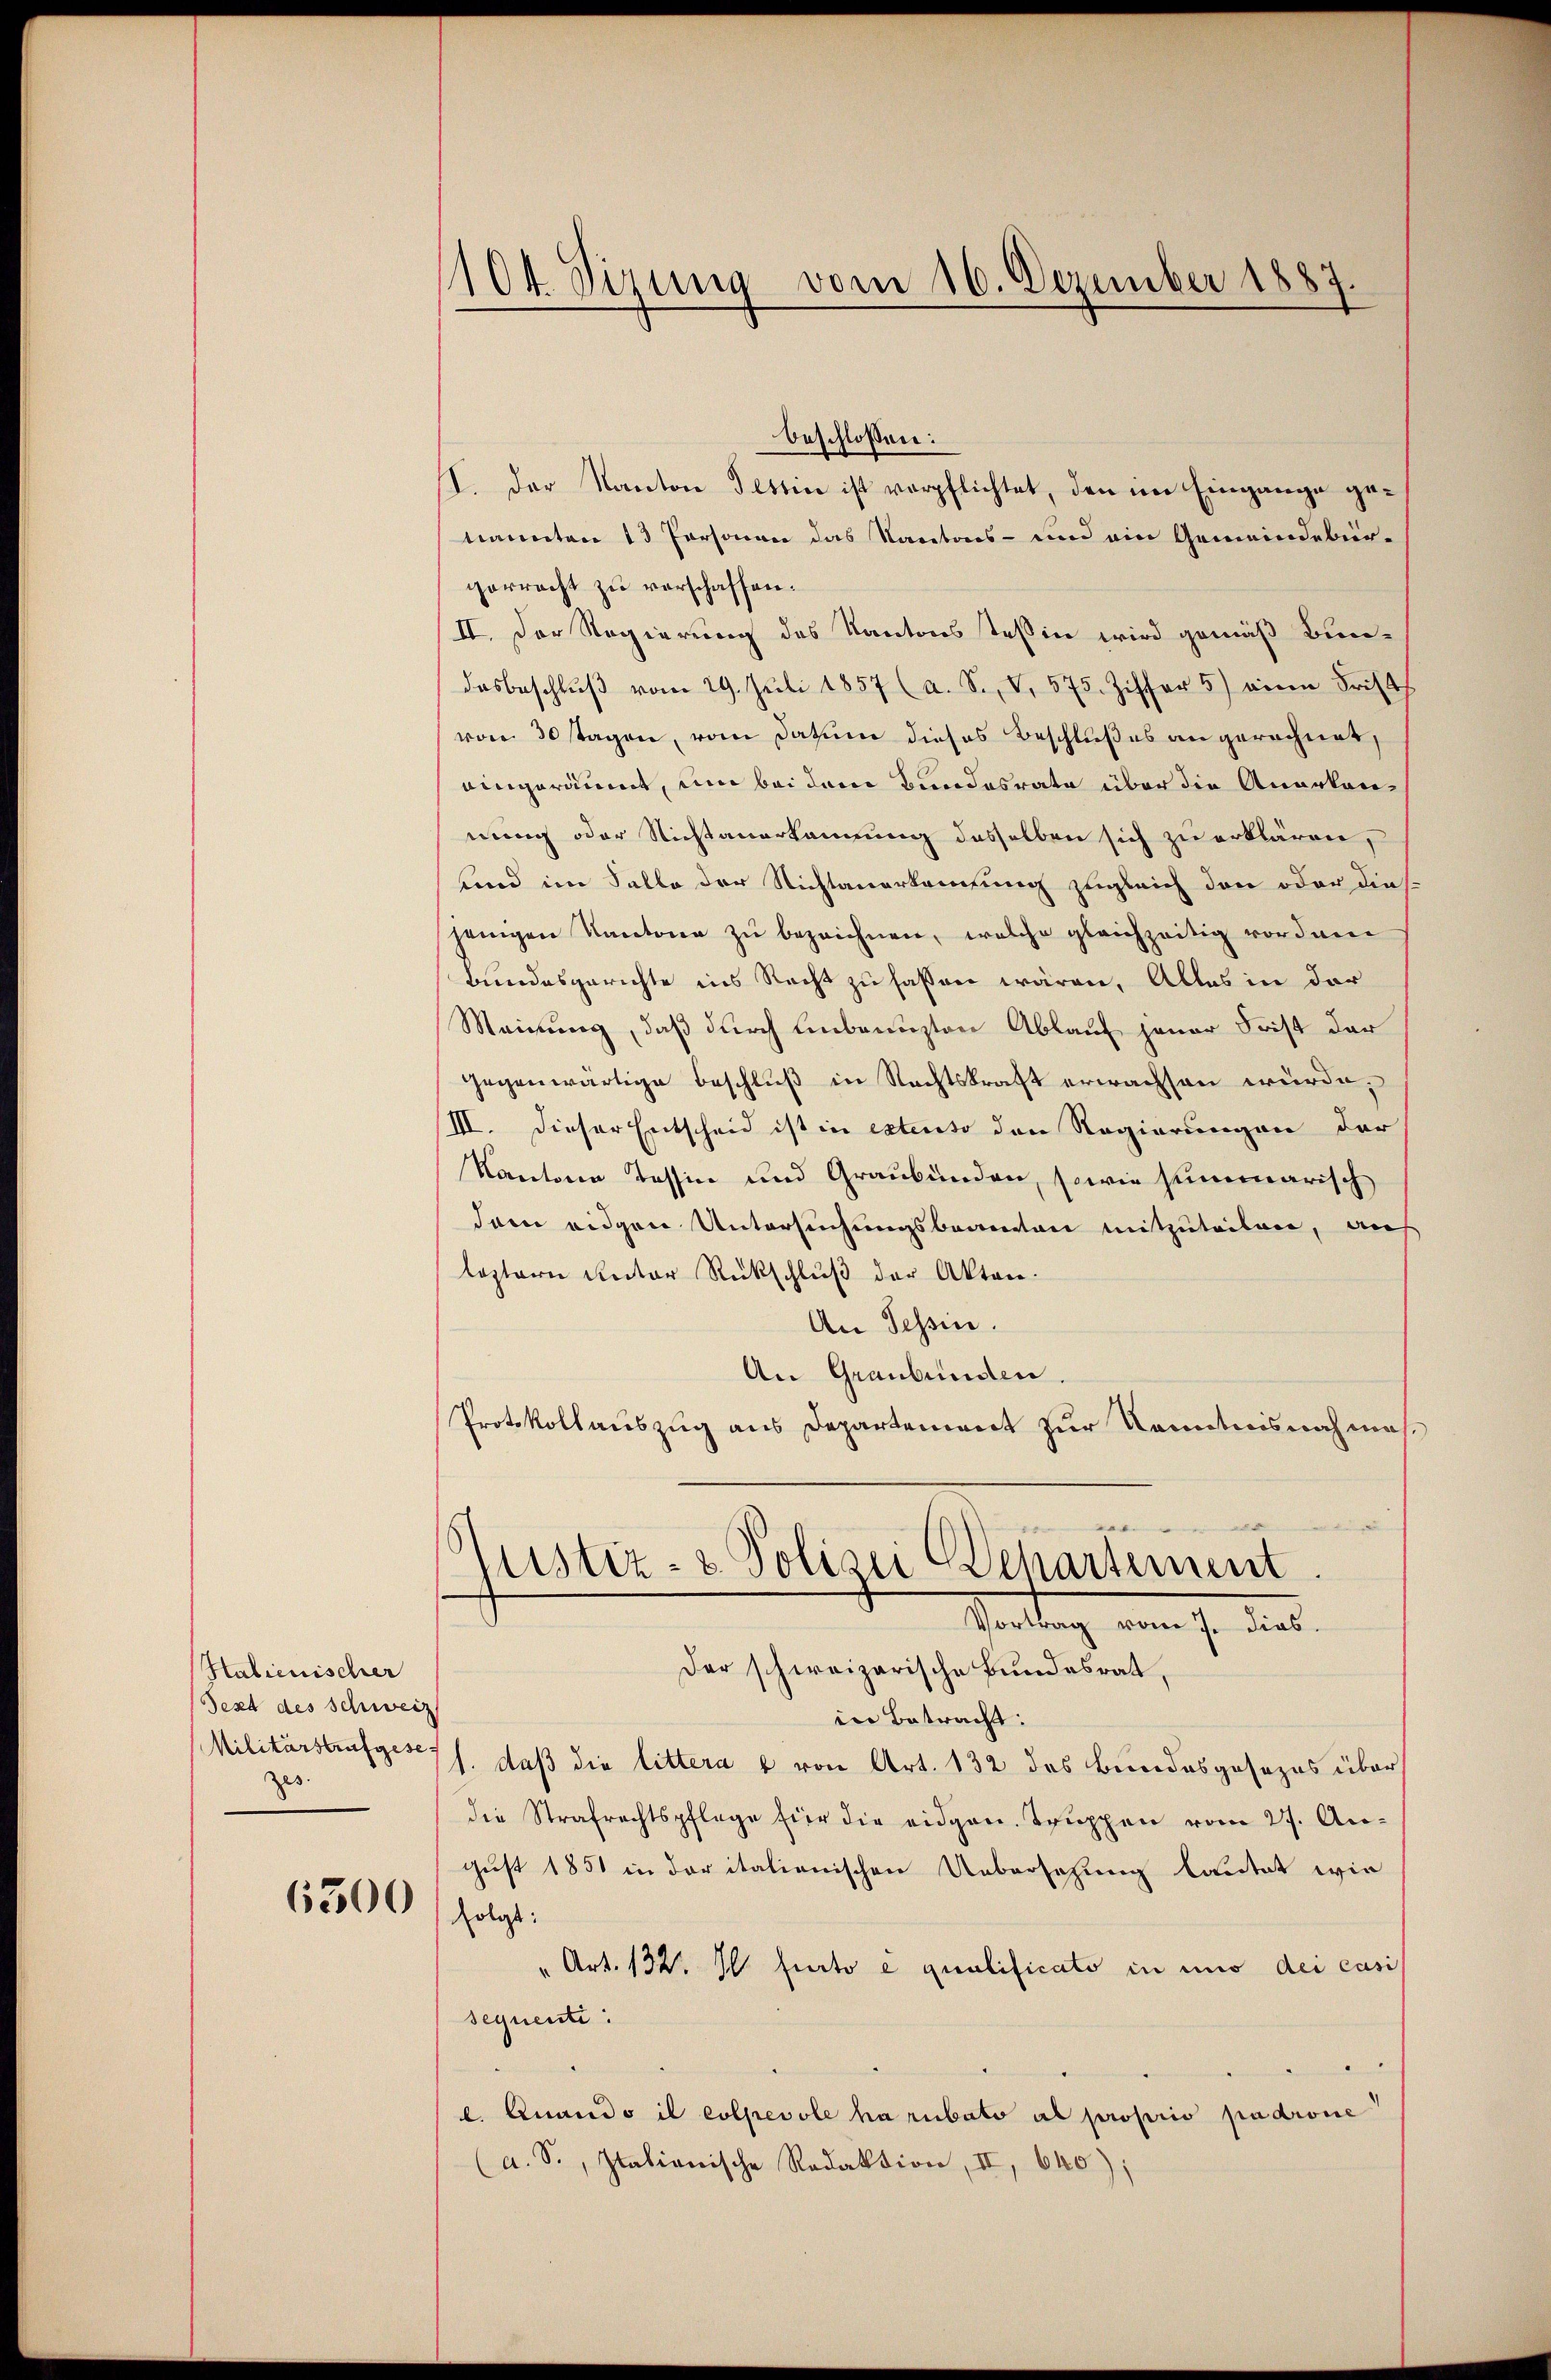
Halienischer
Text des Schweiz
zes.

6300

104. Sizung vom 16. Dezember 1887.

beschlossen:
I. Der Kanton Tessin ist verpflichtet, den im Eingange genannten 13 Personen das Kantons- und ein Gemeindebür-
gerrecht zu verschaffen.
II. Der Regierung des Kantons Teßin wird gemäß Bundesbeschlŭβ vom 29. Jŭli 1857 (a. S., V. 575. Ziffer 5) eine Frists
von 30 stagen, vom Datum dieses Beschlußes an gerechnet,
aingeräumt, um bei dem Bundesrate über die Anerkannung oder Nichtanerkannung desselben sich zu erklären,
und im Salle der Nichtanerkaufung zugleich den oder diesjenigen Kantone zu bezeichnen, welche gleichzeitig vorden
Bundesgerichte ins Recht zu fassen wären. Alles in der
Meinung, daß durch Anbenuzten Ablauf jener Frist der
gegenwärtige Beschluß in Rechtskraft erwachsen würde,
III. Dieser Entscheid ist in extenso den Regierungen der
Kantone Tessin und Graubünden, sowie summarisch
dam eidgen Untersuchungsbeamten mitzuteilen, auf
leztern Rector Rückschluß der Akten.
An Tessin.
An Graubünden
Protokollauszug aus Departement zur Kenntnisnahmes¬
.
s
Justiz- & Polizei Behartement.
Stattung vom 7. dies
Der schweizerische Bundesrat,
in Betracht:
Militärstrafgeses h. daß die littera u von Art. 132 des Bundesgesezes über
die Strafrechtspflege für die eidgen. Truppen vom 27. Au-
gust 1851 in der italienischen Uebersetzung lautet wie
folgt:
" Art. 132. Il furto e qualificato in und dei casi
sequente:
l. Quando il colpevole ha rubato al proprio padrone
(a. S., Italionische Redaktion, II, 640);